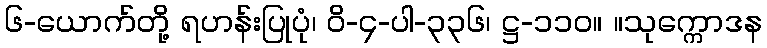
၆-ယောက်တို့ ရဟန်းပြုပုံ၊ ဝိ-၄-ပါ-၃၃၆၊ ဋ္ဌ-၁၁၀။ ။သုက္ကောဒန